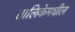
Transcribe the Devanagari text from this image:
तालिकेमधील